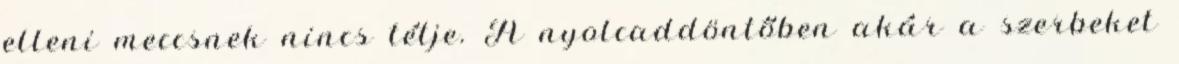
elleni meccsnek nincs tétje. A nyolcaddöntőben akár a szerbeket